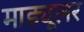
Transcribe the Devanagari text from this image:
माड्यूलर